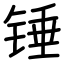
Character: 锤